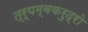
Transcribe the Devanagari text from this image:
त्र्यम्बकरुद्रो